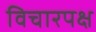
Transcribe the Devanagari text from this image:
विचारपक्ष